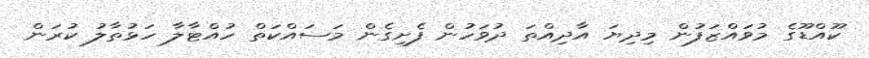
ކޫއްޑޫގެ މުވައްޒަފުން މިދިޔަ އާދިއްތަ ދުވަހުން ފެށިގެން މަސައްކަތް ހުއްޓާލާ ހަޅުތާލު ކުރަން